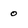
Character: 0